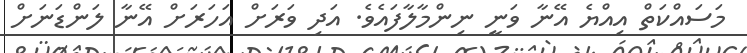
މަސައްކަތް އިއްޔެ އޭނާ ވަނީ ނިންމާލާފައެވެ. އަދި ވަރަށް އަހަރަށް އޭނާ ލަންޑަނަށް